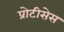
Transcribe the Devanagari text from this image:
प्रोटीसेस